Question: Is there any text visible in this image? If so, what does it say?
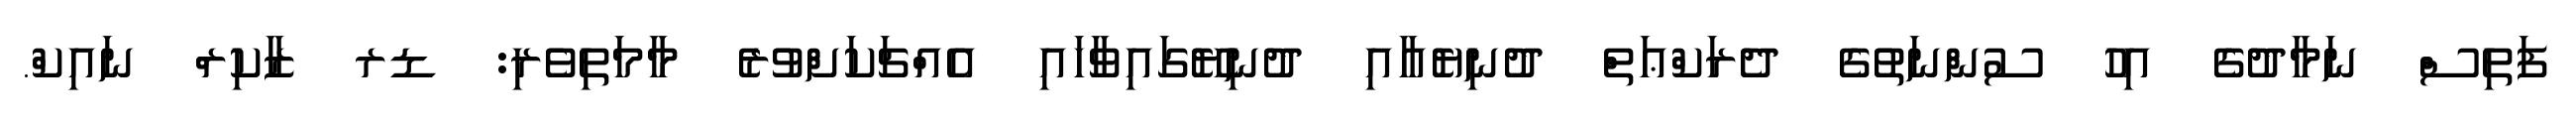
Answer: ފަތިސް ނަމާދުގެ އިހު ސުންނަތުގެ ދެރަކްޢަތް ދުނިޔެއާއި ދުނިޔޭގައިވާހައި އެއްޗަކަށްވުރެ މާމަތިވެރި: ޑރ ޒާކިރް ނައިކް.